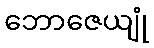
ဘောဇေယျုံ